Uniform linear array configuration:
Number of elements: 24
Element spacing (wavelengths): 1
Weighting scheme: uniform
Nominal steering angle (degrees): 60
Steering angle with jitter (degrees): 61.981
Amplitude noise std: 0.05
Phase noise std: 0.05

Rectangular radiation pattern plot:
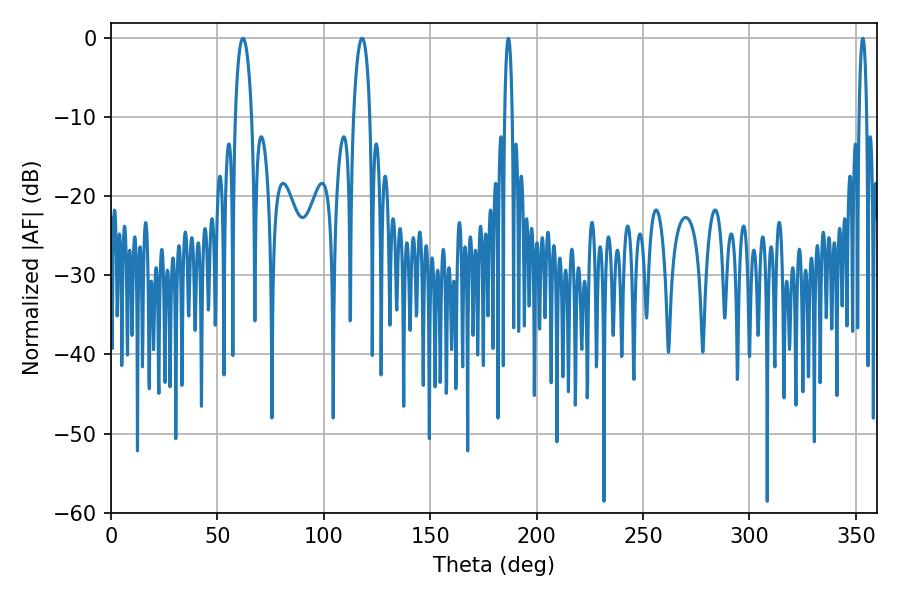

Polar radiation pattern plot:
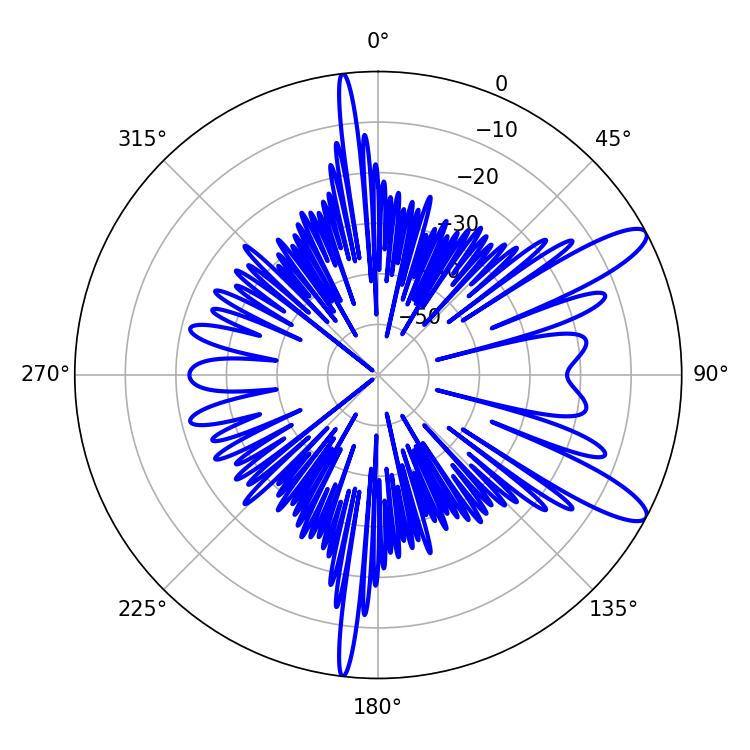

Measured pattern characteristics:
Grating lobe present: TRUE
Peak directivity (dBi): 11.362
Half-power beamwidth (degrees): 4.32
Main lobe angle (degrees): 61.92